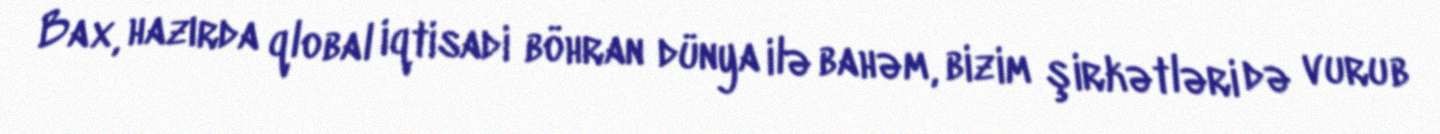
Bax, hazırda qlobal iqtisadi böhran dünya ilə bahəm, bizim şirkətləri də vurub